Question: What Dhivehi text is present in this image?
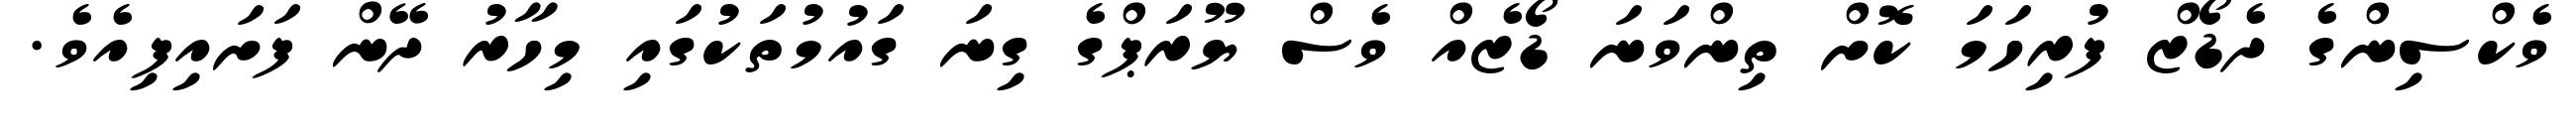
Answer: ވެކްސިންގެ ދެޑޯޒް ފުރިހަމަ ކޮށް ތިންވަނަ ޑޯޒެއް ވެސް ޔޫރަޕްގެ ގިނަ ގައުމުތަކުގައި މިހާރު ދޭން ފަށައިފިއެވެ.